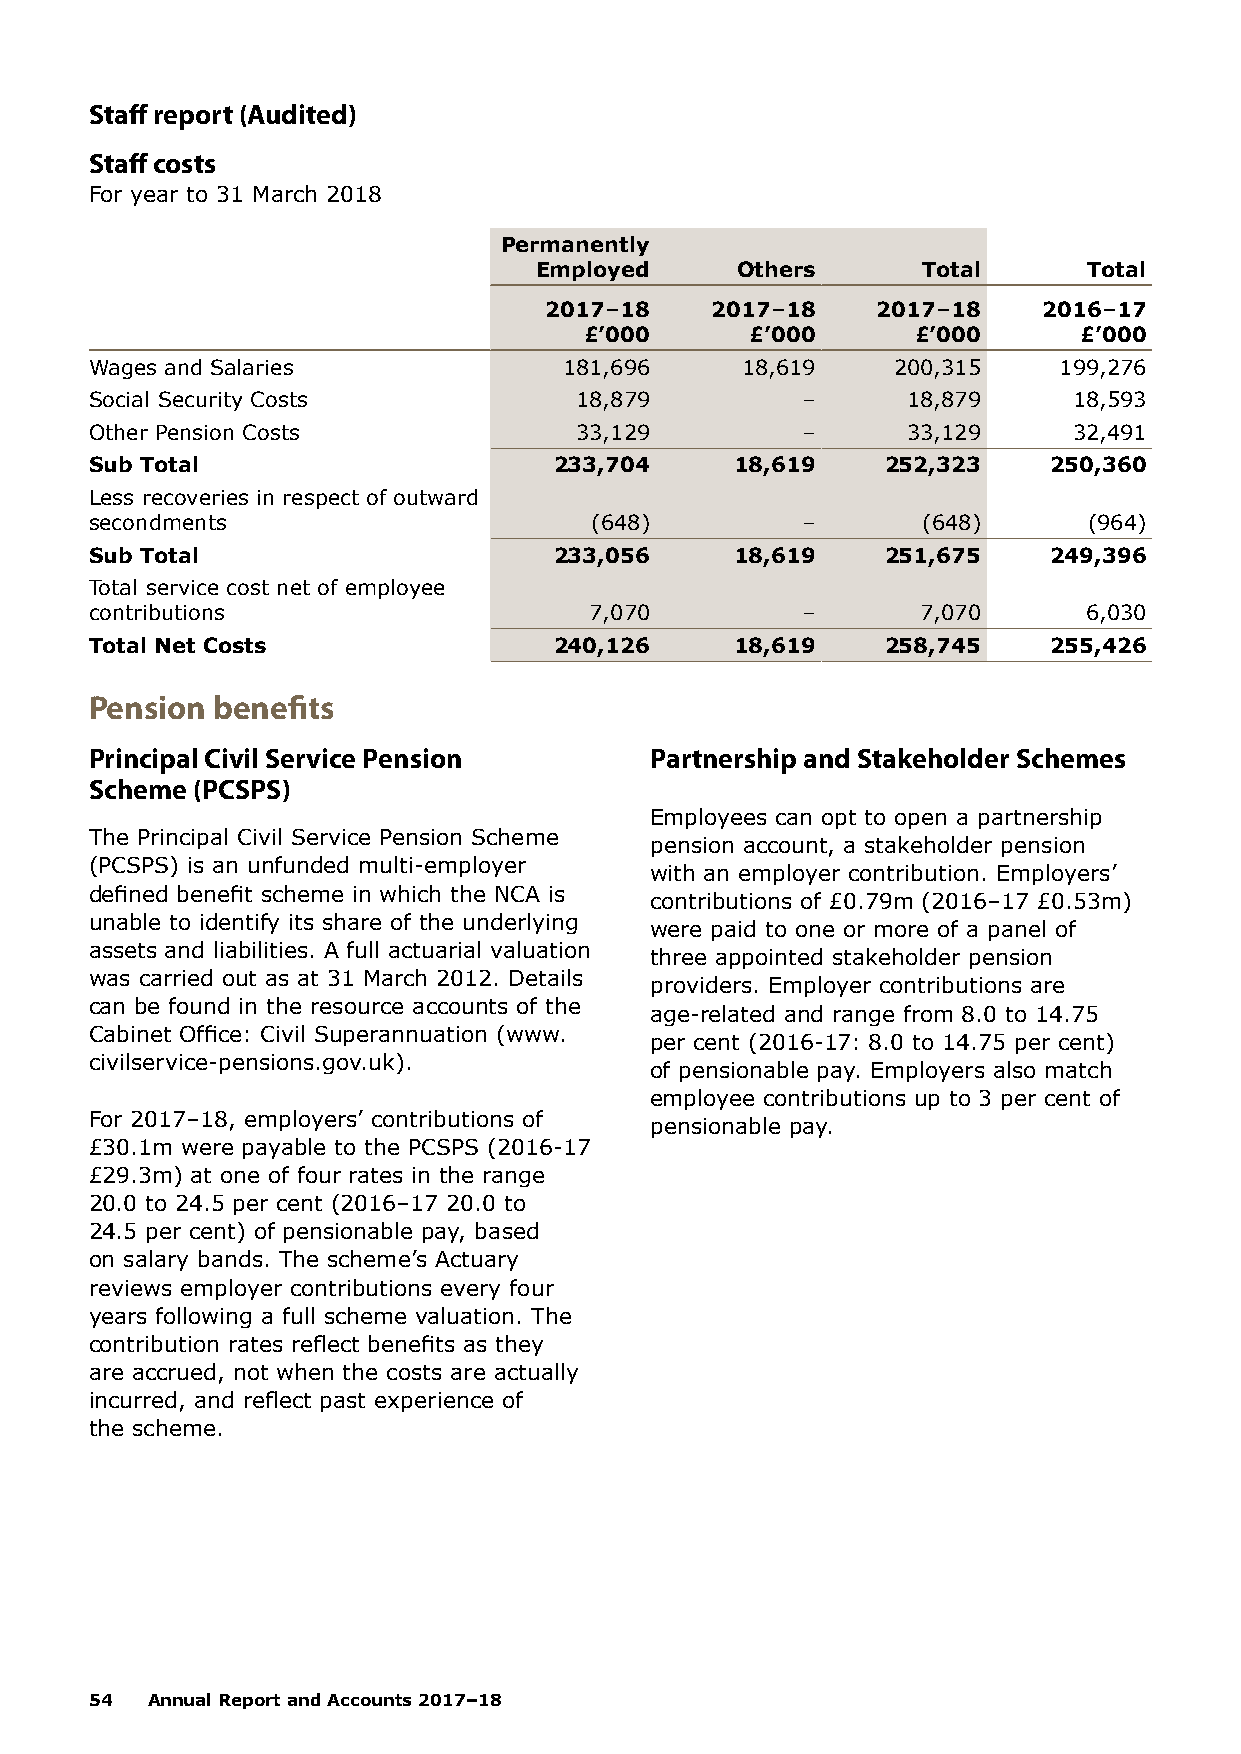
Staff report (Audited)
 Staff costs
 For year to 31 March 2018
 Permanently
 Employed      Others      Total      Total
 2017–18    2017–18    2017–18    2016–17
 £’000      £’000      £’000     £’000
 Wages and Salaries             181,696     18,619    200,315    199,276
 Social Security Costs           18,879         –      18,879     18,593
 Other Pension Costs             33,129         –      33,129     32,491
 Sub Total                      233,704     18,619    252,323   250,360
 Less recoveries in respect of outward
 secondments                      (648)         –       (648)      (964)
 Sub Total                      233,056     18,619    251,675   249,396
 Total service cost net of employee
 contributions                    7,070         –       7,070      6,030
 Total Net Costs                240,126     18,619    258,745   255,426
 Pension benefits
 Principal Civil Service Pension      Partnership and Stakeholder Schemes
 Scheme (PCSPS)
 Employees can opt to open a partnership
 The Principal Civil Service Pension Scheme
 pension account, a stakeholder pension
 (PCSPS) is an unfunded multi-employer
 with an employer contribution. Employers’
 defined benefit scheme in which the NCA is
 contributions of £0.79m (2016–17 £0.53m)
 unable to identify its share of the underlying
 were paid to one or more of a panel of
 assets and liabilities. A full actuarial valuation
 three appointed stakeholder pension
 was carried out as at 31 March 2012. Details
 providers. Employer contributions are
 can be found in the resource accounts of the
 age-related and range from 8.0 to 14.75
 Cabinet Office: Civil Superannuation (www.
 per cent (2016-17: 8.0 to 14.75 per cent)
 civilservice-pensions.gov.uk).
 of pensionable pay. Employers also match
 employee contributions up to 3 per cent of
 For 2017–18, employers’ contributions of
 pensionable pay.
 £30.1m were payable to the PCSPS (2016-17
 £29.3m) at one of four rates in the range
 20.0 to 24.5 per cent (2016–17 20.0 to
 24.5 per cent) of pensionable pay, based
 on salary bands. The scheme’s Actuary
 reviews employer contributions every four
 years following a full scheme valuation. The
 contribution rates reflect benefits as they
 are accrued, not when the costs are actually
 incurred, and reflect past experience of
 the scheme.
 54  Annual Report and Accounts 2017–18